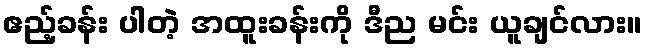
ဧည့်ခန်း ပါတဲ့ အထူးခန်းကို ဒီည မင်း ယူချင်လား။